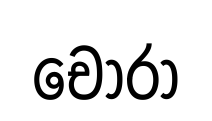
චොරා